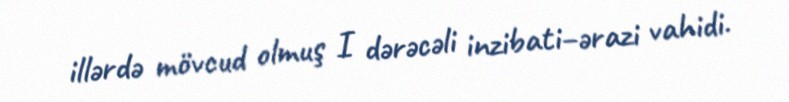
illərdə mövcud olmuş I dərəcəli inzibati–ərazi vahidi.